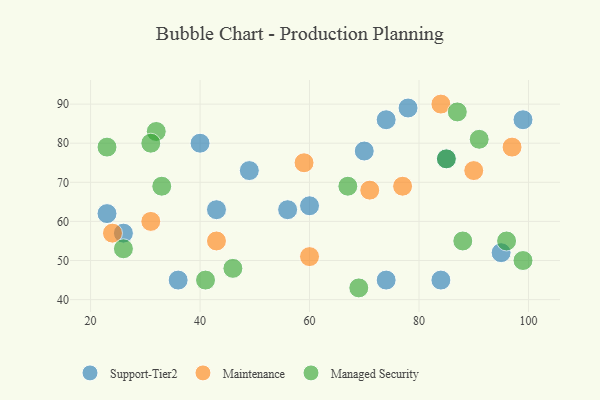
{"axis": {"x": "GDP", "y": "Life Expectancy"}, "legend": ["Maintenance", "Managed Security", "Support-Tier2"], "data": [{"x": "43", "y": 63, "type": "Support-Tier2"}, {"x": "95", "y": 52, "type": "Support-Tier2"}, {"x": "85", "y": 76, "type": "Support-Tier2"}, {"x": "26", "y": 57, "type": "Support-Tier2"}, {"x": "84", "y": 45, "type": "Support-Tier2"}, {"x": "70", "y": 78, "type": "Support-Tier2"}, {"x": "74", "y": 86, "type": "Support-Tier2"}, {"x": "74", "y": 45, "type": "Support-Tier2"}, {"x": "78", "y": 89, "type": "Support-Tier2"}, {"x": "23", "y": 62, "type": "Support-Tier2"}, {"x": "40", "y": 80, "type": "Support-Tier2"}, {"x": "56", "y": 63, "type": "Support-Tier2"}, {"x": "49", "y": 73, "type": "Support-Tier2"}, {"x": "36", "y": 45, "type": "Support-Tier2"}, {"x": "60", "y": 64, "type": "Support-Tier2"}, {"x": "99", "y": 86, "type": "Support-Tier2"}, {"x": "31", "y": 60, "type": "Maintenance"}, {"x": "43", "y": 55, "type": "Maintenance"}, {"x": "90", "y": 73, "type": "Maintenance"}, {"x": "71", "y": 68, "type": "Maintenance"}, {"x": "97", "y": 79, "type": "Maintenance"}, {"x": "24", "y": 57, "type": "Maintenance"}, {"x": "60", "y": 51, "type": "Maintenance"}, {"x": "59", "y": 75, "type": "Maintenance"}, {"x": "77", "y": 69, "type": "Maintenance"}, {"x": "84", "y": 90, "type": "Maintenance"}, {"x": "32", "y": 83, "type": "Managed Security"}, {"x": "31", "y": 80, "type": "Managed Security"}, {"x": "33", "y": 69, "type": "Managed Security"}, {"x": "88", "y": 55, "type": "Managed Security"}, {"x": "85", "y": 76, "type": "Managed Security"}, {"x": "96", "y": 55, "type": "Managed Security"}, {"x": "23", "y": 79, "type": "Managed Security"}, {"x": "99", "y": 50, "type": "Managed Security"}, {"x": "87", "y": 88, "type": "Managed Security"}, {"x": "91", "y": 81, "type": "Managed Security"}, {"x": "69", "y": 43, "type": "Managed Security"}, {"x": "46", "y": 48, "type": "Managed Security"}, {"x": "67", "y": 69, "type": "Managed Security"}, {"x": "26", "y": 53, "type": "Managed Security"}, {"x": "41", "y": 45, "type": "Managed Security"}]}